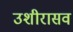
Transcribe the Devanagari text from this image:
उशीरासव